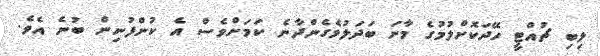
ލިބި ޗުއްޓީ ހޭދަކޮށްލުމުގެ މާނަ ބަދަލުވެގެންދާނެ ކަަމަށްވެސް އެ ކުންފުނިން ބުނެ އެވެ.